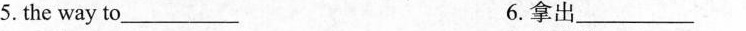
5. the way to_________ 6.拿出_________